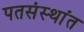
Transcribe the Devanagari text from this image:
पतसंस्थांत